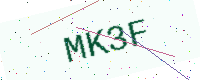
Text: MK3F